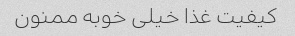
کیفیت غذا خیلی خوبه ممنون